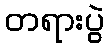
တရားပွဲ